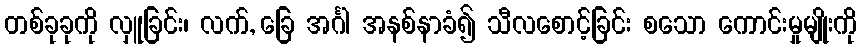
တစ်ခုခုကို လှူခြင်း၊ လက်, ခြေ အင်္ဂါ အနစ်နာခံ၍ သီလစောင့်ခြင်း စသော ကောင်းမှုမျိုးကို